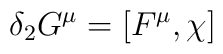
\delta_2 G^\mu = [F^\mu,\chi]